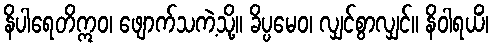
နိပါရေတိဣဝ၊ ဖျောက်သကဲ့သို့။ ခိပ္ပမေဝ၊ လျှင်စွာလျှင်။ နိဝါရယိံ၊